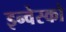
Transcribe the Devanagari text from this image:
इन्वेस्को